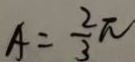
A = \frac { 2 } { 3 } \pi